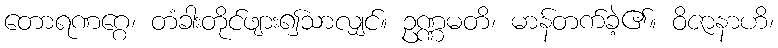
တောရဏဂ္ဂေ၊ တံခါးတိုင်ဖျား၍သာလျှင်။ ဥဏ္ဏမတိ၊ မာန်တက်ခဲ့၏။ ဝိဇာနာဟိ၊